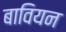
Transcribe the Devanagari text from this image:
बावियन